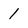
Character: 1